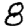
Digit: 8